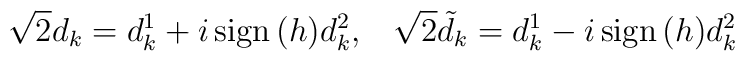
\sqrt{2} d_k= d^1_k +i\,{\rm sign}\,(h) d^2_k,\;\;\;\sqrt{2} \tilde{d}_k= d^1_k -i\,{\rm sign}\,(h) d^2_k